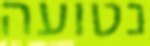
נטועה